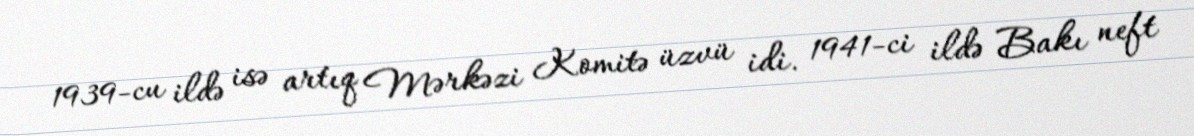
1939-cu ildə isə artıq Mərkəzi Komitə üzvü idi. 1941-ci ildə Bakı neft